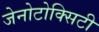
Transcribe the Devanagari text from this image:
जेनोटोक्सिटी